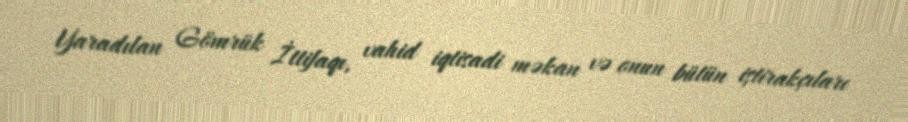
Yaradılan Gömrük İttifaqı, vahid iqtisadi məkan və onun bütün iştirakçıları